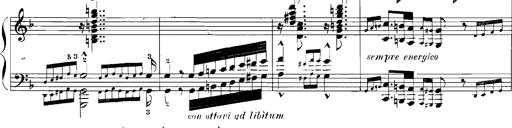
Title: Rhapsodies hongroises
Composer: Franz Liszt